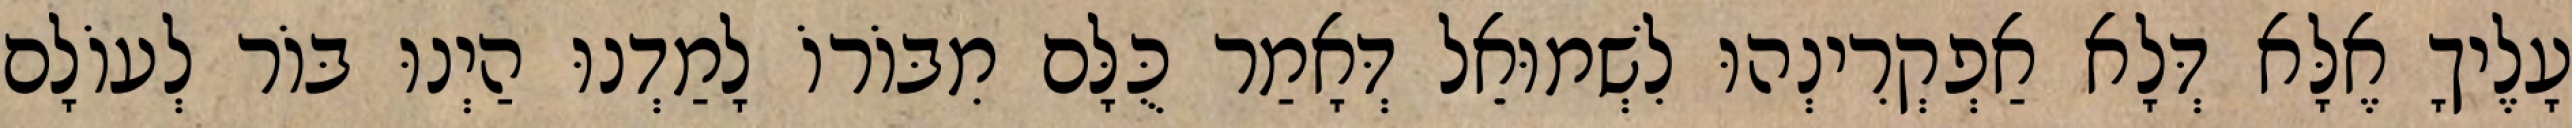
עָלֶיךָ אֶלָּא דְּלָא אַפְקְרִינְהוּ לִשְׁמוּאֵל דְּאָמַר כֻּלָּם מִבּוֹרוֹ לָמַדְנוּ הַיְנוּ בּוֹר לְעוֹלָם